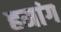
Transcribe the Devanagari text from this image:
हमांग